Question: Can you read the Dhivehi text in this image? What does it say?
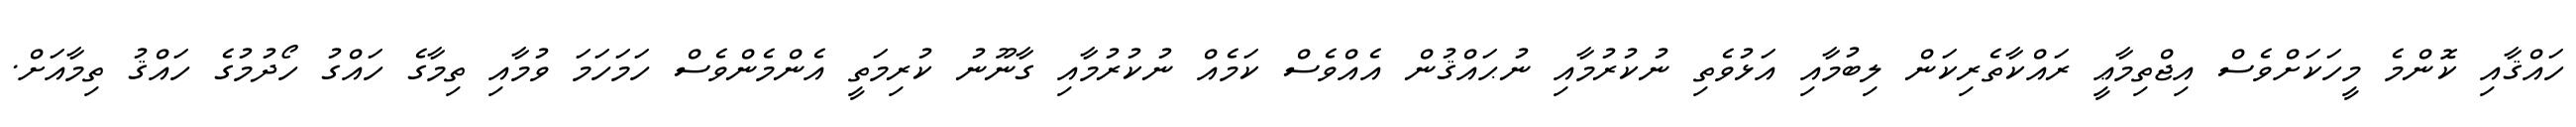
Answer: ހައްޤާއި ކޮންމެ މީހަކަށްވެސް އިޖްތިމާޢީ ރައްކާތެރިކަން ލިބުމާއި އަޅުވެތި ނުކުރުމާއި ނުޙައްޤުން އެއްވެސް ކަމެއް ނުކުރުމާއި ގާނޫނު ކުރިމަތީ އެންމެންވެސް ހަމަހަމަ ވުމާއި ތިމާގެ ހައްގު ހޯދުމުގެ ހައްޤު ތިމާއަށް.